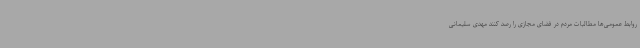
روابط عمومی‌ها مطالبات مردم در فضای مجازی را رصد کنند مهدی سلیمانی